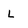
Character: L